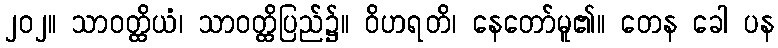
၂၀၂။ သာဝတ္ထိယံ၊ သာဝတ္ထိပြည်၌။ ဝိဟရတိ၊ နေတော်မူ၏။ တေန ခေါ ပန